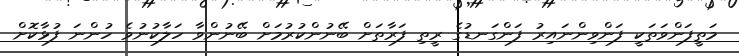
މަތީފަންވަތަކީ ފަންވިންނައިރު ފަންގަނޑުގެ ރީތި ފަރާތަށް ބޭނުންކުރުމަށް ބޭނުންވާ ހަލާކުނުވެ ހުންނަ ފުޅާކޮށް